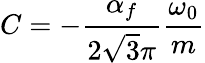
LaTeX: C=-\frac{\alpha_{f}}{2\sqrt{3}\pi}\frac{\omega_{0}}{m}